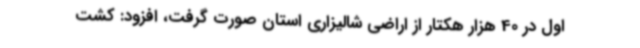
اول در 40 هزار هکتار از اراضی شالیزاری استان صورت گرفت، افزود: کشت